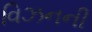
વિઝનની